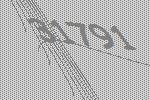
31791